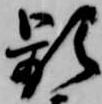
頻